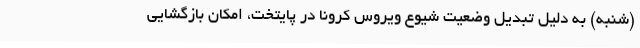
(شنبه) به دلیل تبدیل وضعیت شیوع ویروس کرونا در پایتخت، امکان بازگشایی